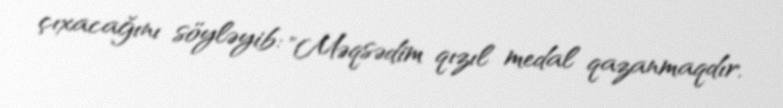
çıxacağını söyləyib: "Məqsədim qızıl medal qazanmaqdır.